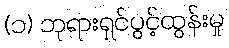
(၁) ဘုရားရှင်ပွင့်ထွန်းမှု